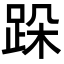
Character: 跺